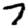
Digit: 7